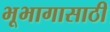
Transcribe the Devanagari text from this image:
भूभागासाठी